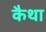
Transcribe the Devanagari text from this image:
कैथा